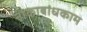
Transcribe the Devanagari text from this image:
नौकाबांधकाम